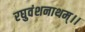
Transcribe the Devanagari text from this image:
रघुवंशनाथम्।।